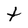
Character: t